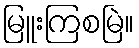
မြူးကြစမြဲ။